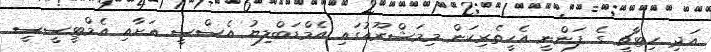
އަދި ހިޓާޗީ ގެ ފަންނީ އެހީތެރިކަން މިމަޝްރޫއުގައި އެމްޑަބްލިޔު އެސްސީ އަށާއި އެމްޓީސީސީ